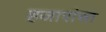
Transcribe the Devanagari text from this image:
हजारांचा